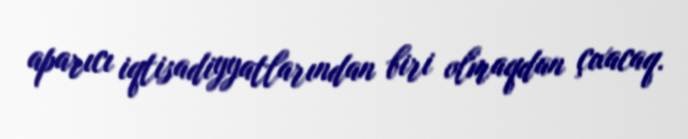
aparıcı iqtisadiyyatlarından biri olmaqdan çıxacaq.